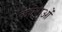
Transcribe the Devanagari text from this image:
कोलाओं